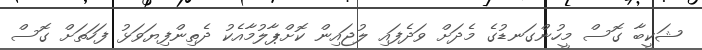
ޝަކީބާ ގޮސް މީހުންގަނޑުގެ މެދަށް ވަދެފައި ލުޖައިން ކޮށްޕާލުމާއެކު ދެތިންފިޔަވަޅު ފަހަތަށް ގޮސް